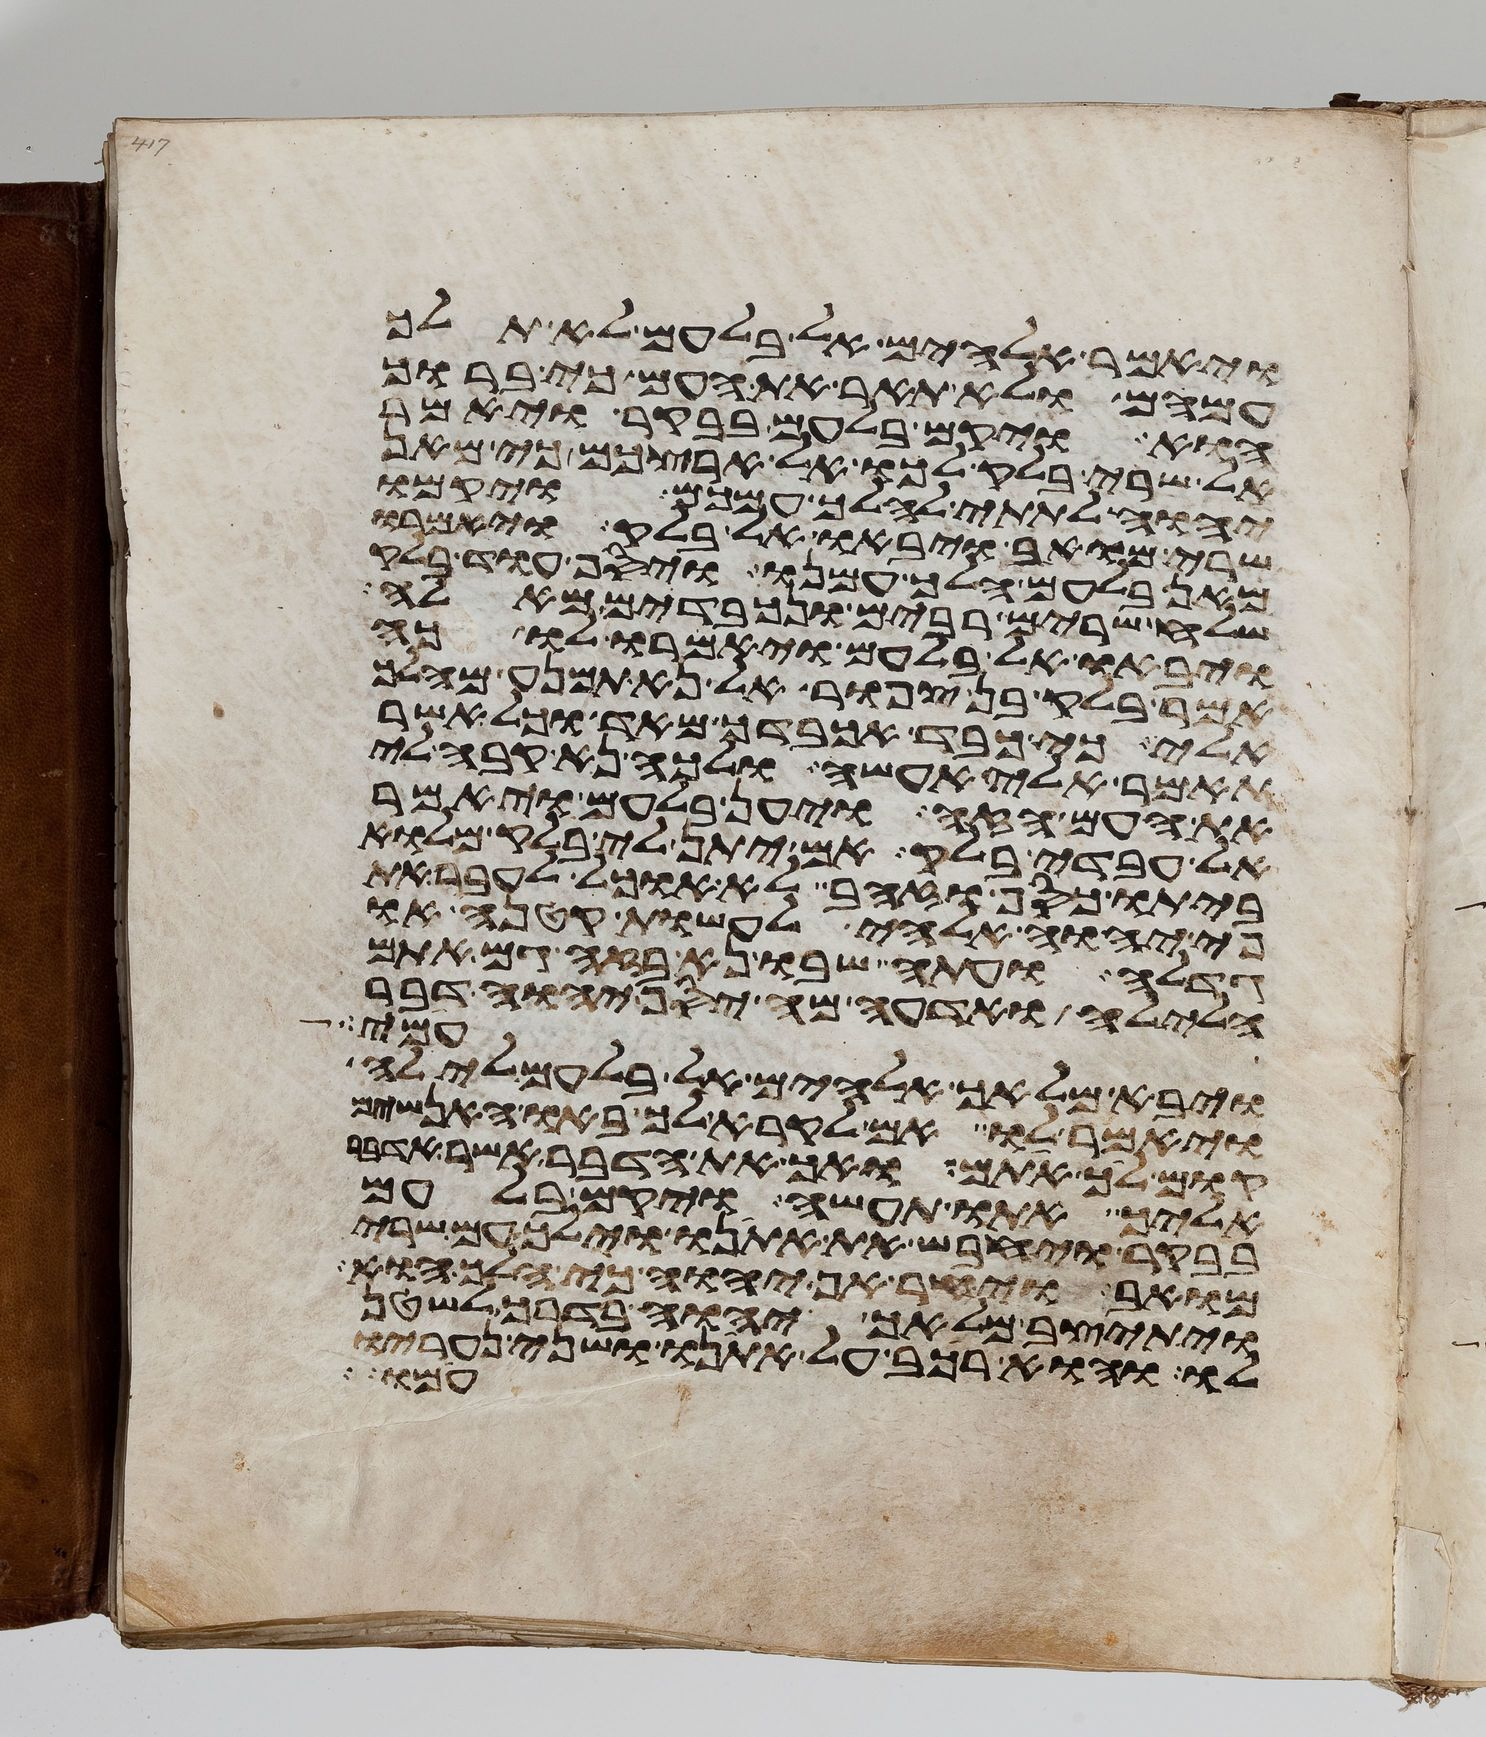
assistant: ויאמר אלהים אל בלעם לא תלך
עמהם ולא תאר את העם כי ברוך
הוא ויקם בלעם בבקר ויאמר
אל שרי בלק לכו אל ארצכם כי מאן
יהוה לתתי להלך עמכם ויקמו
שרי מואב ויבאו אל בלק ויאמרו
מאן בלעם הלך עמנו ויסף עוד בלק
שלח שרים רבים ונכבדים מאלה
ויבאו אל בלעם ויאמרו לו כה
אמר בלק בן צפור אל נא תמנע מהלך
אלי כי כבד אכבדך מאד וכל אשר
תאמר אלי אעשה ולכה נא קבה לי
את העם הזה ויען בלעם ויאמר
אל עבדי בלק אם יתן לי בלק מלוא
ביתו כסף או זהב לא אוכל לעבר את
פי יהוה אלהי לעשות קטנה או
גדלה ועתה שבו נא בזה גם אתם
הלילה ואדעה מה יסף יהוה דבר
עמי
ויבא מלאך אלהים אל בלעם לילה
ויאמר לו אם לקרא לך באו האנשים
קום לך אתם ואך את הדבר אשר אדבר
אליך אתו תעשה ויקם בלעם
בבקר ויחבש את אתנו וילך עם שרי
מואב ויחר אף יהוה כי הלך הוא
ויתיצב מלאך יהוה בדרך לשטן
לו והוא רכב על אתנו ושני נעריו
עמו